Medical and sanitary report of the native army of Bengal for the year
Year: 1876
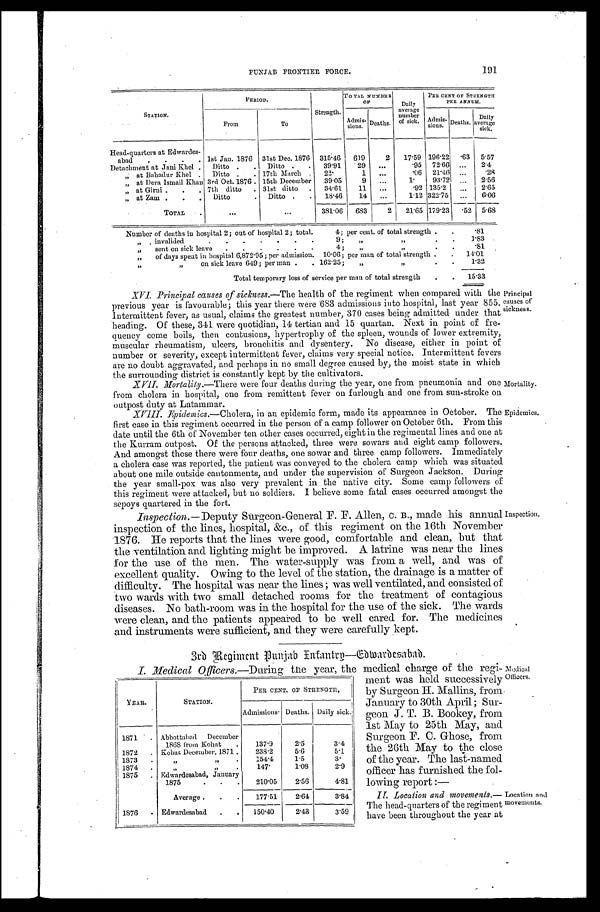
PUNJAB FRONTIER FORCE.
191
STATION.
PERIOD.
Strength.
TOTAL NUMBER
OF
Daily
average
number
of sick.
PER CENT OF STRENGTH
PER ANNUM.
From
To
Admis-
sions. Deaths.
Admis- sions. Deaths. Daily
average
sick.
Head-quarters at Edwardes-
abad
1st Jan. 1876 31st Dec. 1876 315.46 619
2 17.59 196.22 .63 5.57
Detachment at Jani Khel
Ditto
Ditto
39.91
29
.95 72.66
2.4
„ at Bahadur Khel
Ditto
17th March
22.
1
.06 21.46
.28
„ at Dera Ismail Khan 3rd Oct. 1876 15th December 39.05
9
1. 93.72
2.56
„ at Girni
7th ditto
31st ditto
34.61 11
.92 135.2
2.65
„ at Zam
Ditto
Ditto
18.46
14
1.12 322.75
6.06
TOTAL
381.06
6 8 3 2 21.65 179.23 .52 5.68
Number of deaths in hospital 2; out of hospital 2; total 4; per cent. of total strength
.81
„ invalided 9;
„ „
1.83
„ sent on sick leave 4; „ „
.81
„ of days spent in hospital 6,872.95; per admission. 10.06; per man of total strength
14.01
„ „ on sick leave 649; per man 162.25; „ „
1.32
Total temporary loss of service per man of total strength
15.33
XVI. Principal causes of sickness. -The health of the regiment when compared with the
previous year is favourable; this year there were 683 admissions into hospital, last year 855.
Intermittent fever, as usual, claims the greatest number, 370 cases being admitted under that
heading. Of these, 341 were quotidian, 14 tertian and 15 quartan. Next in point of fre
-quency come boils, then contusions, hypertrophy of the spleen, wounds of lower extremity,
muscular rheumatism, ulcers, bronchitis and dysentery. No disease, either in point of
number or severity, except intermittent fever, claims very special notice. Intermittent fevers
are no doubt aggravated, and perhaps in no small degree caused by, the moist state in which
the surrounding district is constantly kept by the cultivators.
Principal causes of
sickness.
XVII. Mortality.—There were four deaths during the year, one from pneumonia and one
from cholera in hospital, one from remittent fever on furlough and one from sun-stroke on
outpost duty at Latammar.
Mortality.
XVIII. Epidemics.— Cholera, in an epidemic form, made its appearance in October. The
first case in this regiment occurred in the person of a camp follower on October 6th. From this
date until the 6th of November ten other cases occurred, eight in the regimental lines and one at
the Kurram outpost. Of the persons attacked, three were sowars and eight camp followers.
And amongst those there were four deaths, one sowar and three camp followers. Immediately
a cholera case was reported, the patient was conveyed to the cholera camp which was situated
about one mile outside cantonments, and under the supervision of Surgeon Jackson. During
the year small-pox was also very prevalent in the native city. Some camp followers of
this regiment were attacked, but no soldiers. I believe some fatal cases occurred amongst the
sepoys quartered in the fort.
Epidemic.
Inspection.- Deputy Surgeon-General F. F. Allen, c. B., made his annual
inspection of the lines, hospital, &c., of this regiment on the 16th November
1876. He reports that the lines were good, comfortable and clean, but that
the ventilation and lighting might be improved. A latrine was near the lines
for the use of the men. The water-supply was from a well, and was of
excellent quality. Owing to the level of the station, the drainage is a matter of
difficulty. The hospital was near the lines; was well ventilated, and consisted of
two wards with two small detached rooms for the treatment of contagious
diseases. No bath-room was in the hospital for the use of the sick. The wards
were clean, and the patients appeared to be well cared for. The medicines
and instruments were sufficient, and they were carefully kept.
Inspection.
3rd Regiment punjab Infantry—Edwardesabad.
I. Medical Officers.—During the year, the medical charge of the regi-
ment was held successively
by Surgeon H. Mallins, from
January to 30th April; Sur
-geon J. T. B. Bookey, from
1st May to 25th May, and
Surgeon F. C. Ghose, from
the 26th May to the close
of the year. The last-named
officer has furnished the fol
-lowing report:
— Medical Officers.
II. Location and movements.
—The head-quarters of the regiment
have been throughout the year at
Location and
movements.
YEAR.
STATION.
PER CENT. OF STRENGTH.
Admissions. Deaths. Daily sick.
1871
Abbottabad December
1868 from Kohat
137.9
2.5
3.4
1872
Kohat December, 1871
238.2
5.6
5.1
1873
„ „ 154.4
1.5
3.
1874
„ „
147.
1.08
2.9
1875
Edwardesabad, January
1875
210.05
2.56
4.81
Average
177.51
2.64
3.84
1876
Edwardesabad
150.40
2.48
3.59